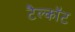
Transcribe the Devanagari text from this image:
टैल्कॉट